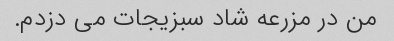
من در مزرعه شاد سبزیجات می دزدم.